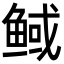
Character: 𮬟